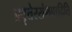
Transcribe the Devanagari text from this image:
प्रवृत्तेरसंभवादिति